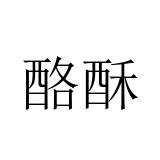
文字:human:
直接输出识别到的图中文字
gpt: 酪酥